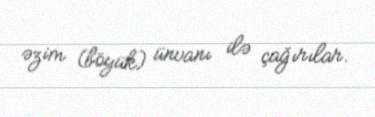
əzim (böyük) ünvanı ilə çağırılar.